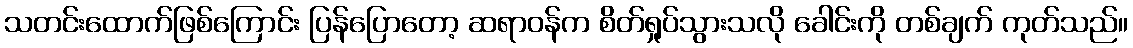
သတင်းထောက်ဖြစ်ကြောင်း ပြန်ပြောတော့ ဆရာဝန်က စိတ်ရှုပ်သွားသလို ခေါင်းကို တစ်ချက် ကုတ်သည်။